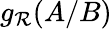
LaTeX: g_{\mathcal{R}}(A/B)